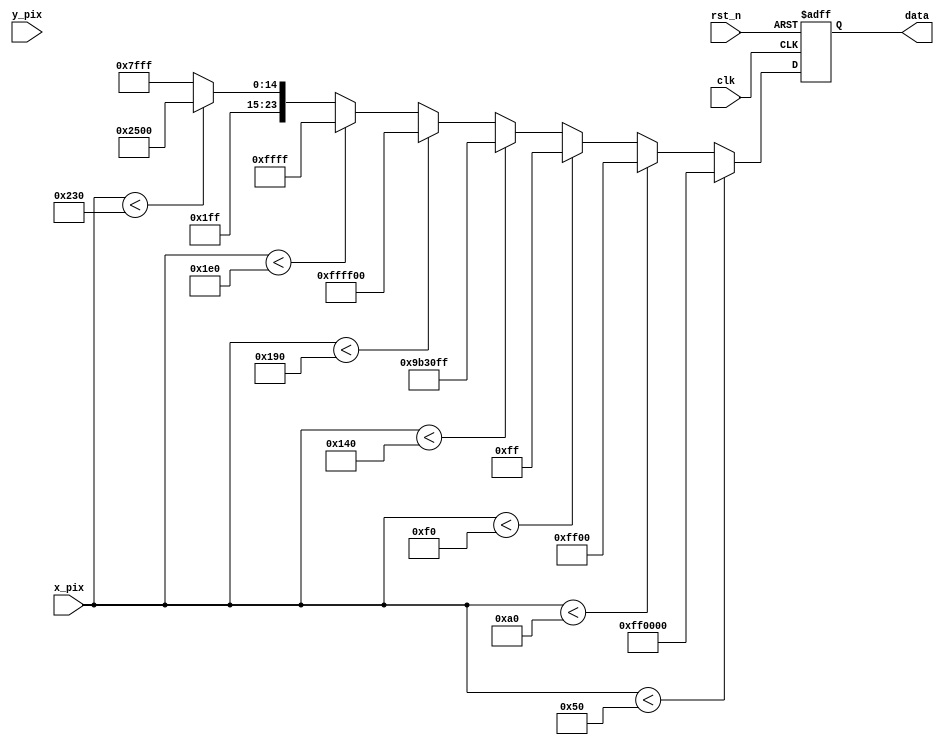
// This program was cloned from: https://github.com/YutongChenVictor/Fpga-accelerator-demos
// License: MIT License

module rainbow_generate(
    input           	  clk     ,
    input           	  rst_n   ,

    input   	[ 9:0]  x_pix   ,
    input   	[ 9:0]  y_pix   ,

    output reg [23:0]  data
);

parameter red       = 24'hFF0000;
parameter green     = 24'h00FF00;
parameter blue      = 24'h0000FF;
parameter purple    = 24'h9B30FF;
parameter yellow    = 24'hFFFF00;
parameter cyan      = 24'h00FFFF;
parameter orange    = 24'hFFA500;
parameter white     = 24'hFFFFFF;

parameter bar_wide = 10'd640 / 10'd8;

always @(posedge clk or negedge rst_n) begin
	if(!rst_n) begin
		data <= 24'b0;
	end
	else begin
		if(x_pix < bar_wide * 11'd1)
			data <= red;
		else if(x_pix < bar_wide * 11'd2)
			data <= green;
		else if(x_pix < bar_wide * 11'd3)
			data <= blue;
		else if(x_pix < bar_wide * 11'd4)
			data <= purple;
		else if(x_pix < bar_wide * 11'd5)
			data <= yellow;
		else if(x_pix < bar_wide * 11'd6)
			data <= cyan;
		else if(x_pix < bar_wide * 11'd7)
			data <= orange;
		else
			data <= white;
	end
end

endmodule